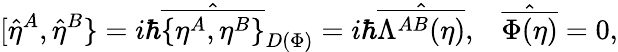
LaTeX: [\hat{\eta}^{A},\hat{\eta}^{B}\} =i\hbar\hat{\overline{{{\{ \eta^{A},\eta^{B}\} }}}}_{D(\Phi)}=i\hbar\hat{\overline{{{\Lambda^{AB}(\eta)}}}},\; \; \; \hat{\overline{{{\Phi(\eta)}}}}=0,